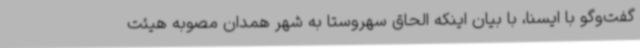
گفت‌وگو با ایسنا، با بیان اینکه الحاق سهروستا به شهر همدان مصوبه هیئت